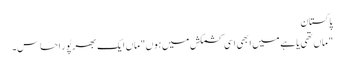
پاکستان
" ماں تھی یا ہے میں ابھی اسی کشمکش میں ہوں"ماں ایک بھرپُور احساس۔